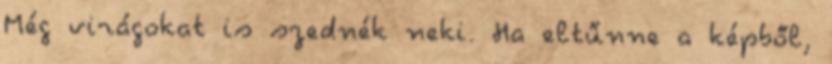
Még virágokat is szednék neki. Ha eltűnne a képből,